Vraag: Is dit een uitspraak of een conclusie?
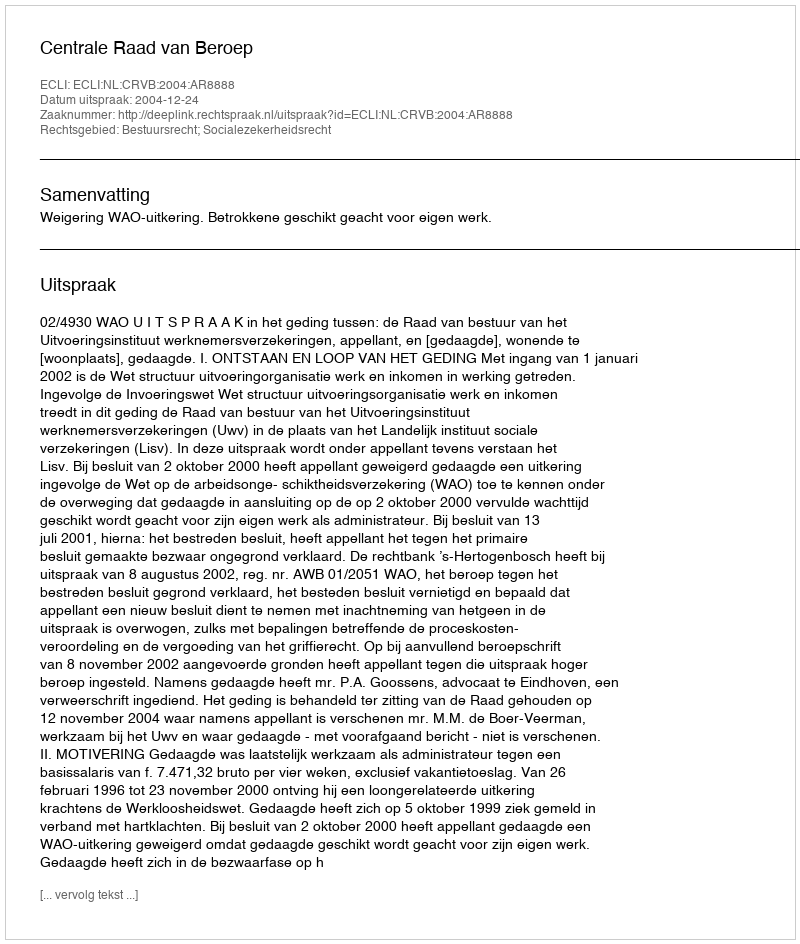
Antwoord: Uitspraak